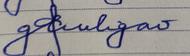
Signature authenticity: forged